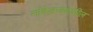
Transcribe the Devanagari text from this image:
नांदेडजवळील